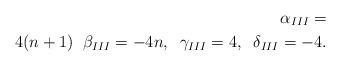
LaTeX: \begin{align*}\alpha_{III}=\\ 4(n+1)\;\;\beta_{III}=-4n,\;\;\gamma_{III}=4,\;\;\delta_{III}=-4.\end{align*}